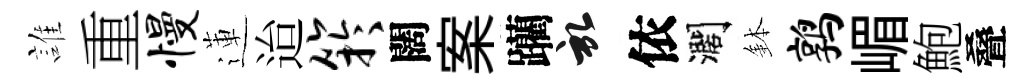
誰重慢蓮迨竽闊案躪啓依濶鉢鹑嵋鮑叠